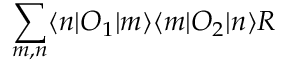
\sum _ { m , n } \langle n | O _ { 1 } | m \rangle \langle m | O _ { 2 } | n \rangle { \cal R }